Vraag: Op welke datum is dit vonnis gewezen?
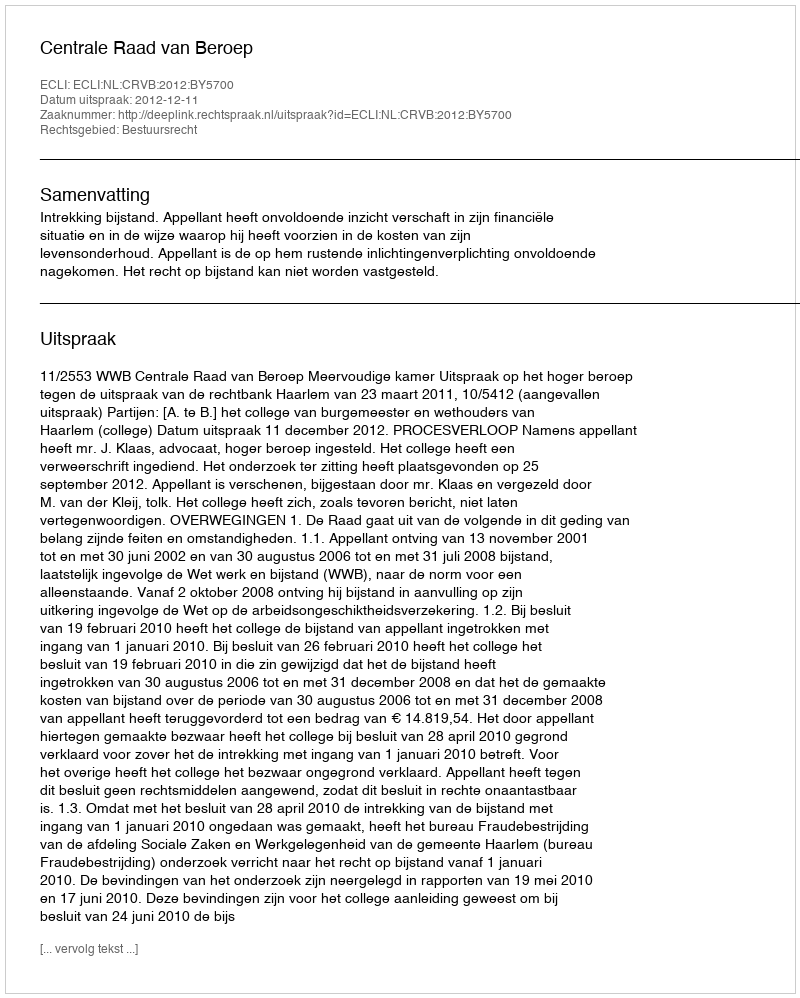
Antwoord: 2012-12-11